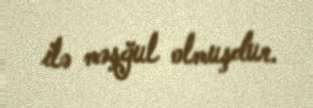
ilə məşğul olmuşdur.